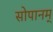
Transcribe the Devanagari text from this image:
सोपानम्